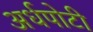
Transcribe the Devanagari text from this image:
अर्धपोटी